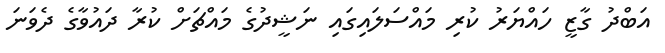
އަބްދު ގާޒީ ހައްޔަރު ކުރި މައްސަލައިގައި ނަޝީދުގެ މައްޗަށް ކުރާ ދައުވާގެ ދެވަނަ